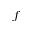
f